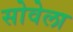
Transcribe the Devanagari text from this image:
सोवेला